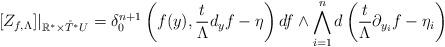
LaTeX: \begin{align*}[Z_{f,\Lambda}]|_{\mathbb{R}^*\times \mathring{T}^* U}=\delta^{n+1}_0\left(f(y),\frac{t}{\Lambda}d_yf-\eta\right)df\wedge\bigwedge_{i=1}^nd\left(\frac{t}{\Lambda}\partial_{y_i}f-\eta_i\right)\end{align*}